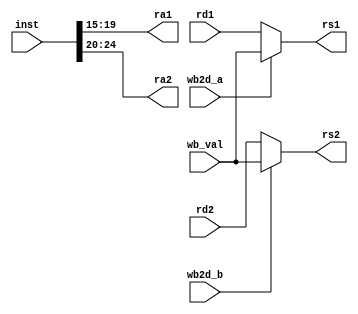
module read_from_reg(
    input [31:0] inst,
    input wb2d_a,
    input wb2d_b,
    input [31:0] rd1,
    input [31:0] rd2,
    input [31:0] wb_val,
    output reg [4:0] ra1,
    output reg [4:0] ra2,
    output [31:0] rs1,
    output [31:0] rs2
);

    // RegFile read (asynchronous)
    always @(*) begin
      ra1 = inst[19:15];
      ra2 = inst[24:20];
    end

    // MW2D Forwarding
    assign rs1 = ((wb2d_a) ? wb_val : rd1);
    assign rs2 = ((wb2d_b) ? wb_val : rd2);

endmodule